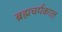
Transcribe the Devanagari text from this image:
ब्रह्मचर्यकाल